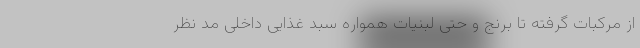
از مرکبات گرفته تا برنج و حتی لبنیات همواره سبد غذایی داخلی مد نظر